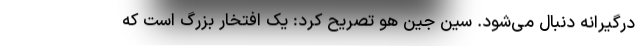
درگیرانه دنبال می‌شود. سین جین هو تصریح کرد: یک افتخار بزرگ است که